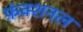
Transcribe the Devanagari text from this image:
फ़ंक्शनल